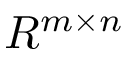
R ^ { m \times n }